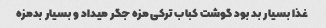
غذا بسیار بد بود گوشت کباب ترکی مزه جگر میداد و بسیار بدمزه